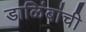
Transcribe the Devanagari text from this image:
डाळिंबांची